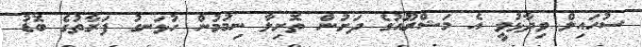
ސުހައިލް ވިދާޅުވީ އެ މަޝްރޫއުގެ ދަށުން ތޮށިލާ ނިމުމުން ހުޅަނގު ފަރާތުގެ ބޮޑު